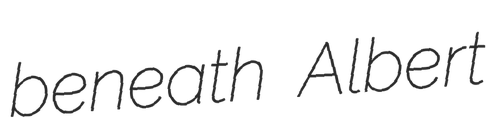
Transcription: beneath Albert